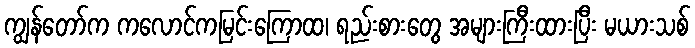
ကျွန်တော်က ကလောင်ကမြင်းကြောထ၊ ရည်းစားတွေ အများကြီးထားပြီး မယားသစ်